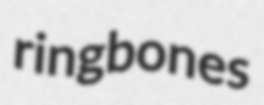
ringbones